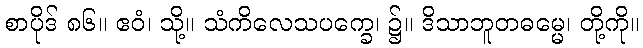
စာပိုဒ် ၈၆။ ဧဝံ၊ သို့။ သံကိလေသပက္ခေ၊ ၌။ ဒိသာဘူတဓမ္မေ၊ တို့ကို။